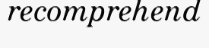
recomprehend